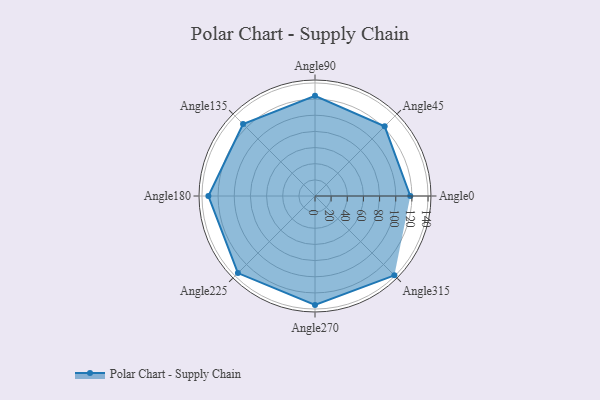
{"axis": {"x": "Angle", "y": "Radius"}, "legend": [""], "data": [{"x": "Angle0", "y": 118.0, "type": ""}, {"x": "Angle45", "y": 122.0, "type": ""}, {"x": "Angle90", "y": 124.0, "type": ""}, {"x": "Angle135", "y": 126.0, "type": ""}, {"x": "Angle180", "y": 132.0, "type": ""}, {"x": "Angle225", "y": 135.0, "type": ""}, {"x": "Angle270", "y": 135.0, "type": ""}, {"x": "Angle315", "y": 139.0, "type": ""}]}